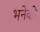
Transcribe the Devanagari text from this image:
भनेको